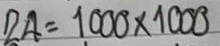
24 = 1000 x 1000